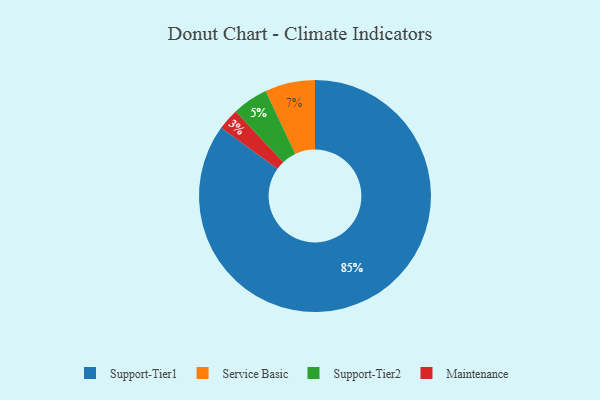
{"axis": {"x": "Category", "y": "Percentage"}, "legend": ["Maintenance", "Service Basic", "Support-Tier1", "Support-Tier2"], "data": [{"x": "Service Basic", "y": 7, "type": "Service Basic"}, {"x": "Maintenance", "y": 3, "type": "Maintenance"}, {"x": "Support-Tier2", "y": 5, "type": "Support-Tier2"}, {"x": "Support-Tier1", "y": 85, "type": "Support-Tier1"}]}